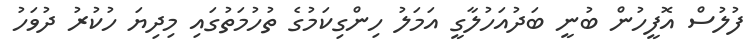
ފުލުސް އޮފީހުން ބުނީ ބަދުއަހުލާގީ އަމަލު ހިންގިކަމުގެ ތުހުމަތުގައި މިދިޔަ ހުކުރު ދުވަހު